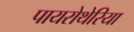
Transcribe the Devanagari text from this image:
पायरोथेरिया